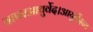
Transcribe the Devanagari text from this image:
वापरआयुर्वेद।आयुर्वेदात